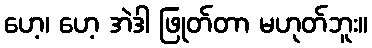
ဟေ့၊ ဟေ့ အဲဒါ ဖြုတ်တာ မဟုတ်ဘူး။